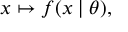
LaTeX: x \mapsto f ( x \mid \theta ) ,